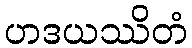
ဟဒယဿိတံ